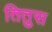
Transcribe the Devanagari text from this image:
तितुस